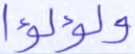
ولؤلؤا